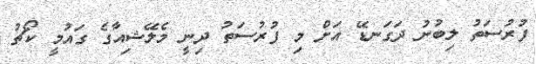
ފުރުސަތު ލިބުނު ދަގަނޑޭ އަށް މި ފުރުސަތު ދިނީ މެލޭޝިއާގެ ގައުމީ ކޯޗު